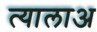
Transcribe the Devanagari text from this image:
त्यालाअ